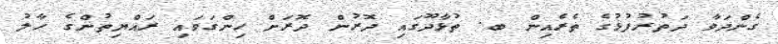
ގެންދަވާ ދަތުރުފުޅުގެ ތެރެއިން ބ. ތުޅާދޫގައި ދޮރުން ދޮރަށް ހިންގަވައި ރައްޔިތުންގެ ހާލު